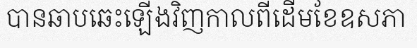
បានឆាបឆេះឡើងវិញកាលពីដើមខែឧសភា